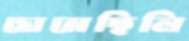
ঘেমেছিলি